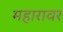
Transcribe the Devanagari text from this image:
महारावर